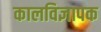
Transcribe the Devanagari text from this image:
कालविज्ञापक